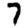
Digit: 7